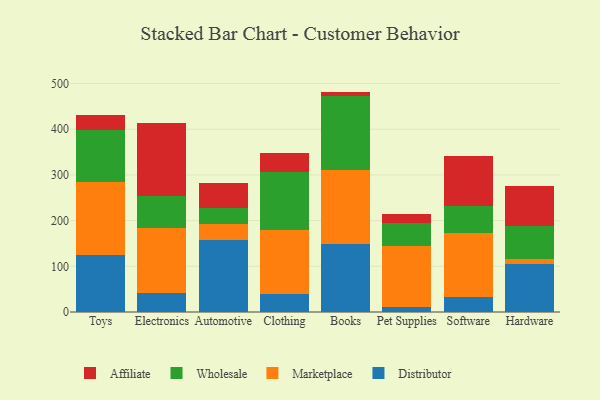
{"axis": {"x": "Category", "y": "Budget (USD K)"}, "legend": ["Affiliate", "Distributor", "Marketplace", "Wholesale"], "data": [{"x": "Toys", "y": 123.7, "type": "Distributor"}, {"x": "Toys", "y": 159.9, "type": "Marketplace"}, {"x": "Toys", "y": 115.6, "type": "Wholesale"}, {"x": "Toys", "y": 31.3, "type": "Affiliate"}, {"x": "Electronics", "y": 41.7, "type": "Distributor"}, {"x": "Electronics", "y": 143.2, "type": "Marketplace"}, {"x": "Electronics", "y": 70.0, "type": "Wholesale"}, {"x": "Electronics", "y": 158.1, "type": "Affiliate"}, {"x": "Automotive", "y": 157.2, "type": "Distributor"}, {"x": "Automotive", "y": 36.4, "type": "Marketplace"}, {"x": "Automotive", "y": 34.2, "type": "Wholesale"}, {"x": "Automotive", "y": 54.2, "type": "Affiliate"}, {"x": "Clothing", "y": 39.4, "type": "Distributor"}, {"x": "Clothing", "y": 140.2, "type": "Marketplace"}, {"x": "Clothing", "y": 127.2, "type": "Wholesale"}, {"x": "Clothing", "y": 41.9, "type": "Affiliate"}, {"x": "Books", "y": 149.1, "type": "Distributor"}, {"x": "Books", "y": 160.6, "type": "Marketplace"}, {"x": "Books", "y": 163.2, "type": "Wholesale"}, {"x": "Books", "y": 9.4, "type": "Affiliate"}, {"x": "Pet Supplies", "y": 10.1, "type": "Distributor"}, {"x": "Pet Supplies", "y": 134.8, "type": "Marketplace"}, {"x": "Pet Supplies", "y": 50.8, "type": "Wholesale"}, {"x": "Pet Supplies", "y": 19.6, "type": "Affiliate"}, {"x": "Software", "y": 32.4, "type": "Distributor"}, {"x": "Software", "y": 141.2, "type": "Marketplace"}, {"x": "Software", "y": 58.1, "type": "Wholesale"}, {"x": "Software", "y": 108.7, "type": "Affiliate"}, {"x": "Hardware", "y": 105.5, "type": "Distributor"}, {"x": "Hardware", "y": 10.6, "type": "Marketplace"}, {"x": "Hardware", "y": 71.5, "type": "Wholesale"}, {"x": "Hardware", "y": 89.0, "type": "Affiliate"}]}